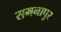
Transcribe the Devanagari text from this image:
समनापुर